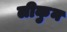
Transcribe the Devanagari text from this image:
लीकुन